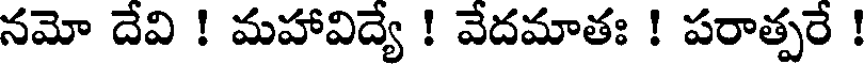
నమో దేవి ! మహావిద్యే ! వేదమాతః ! పరాత్పరే !